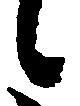
候